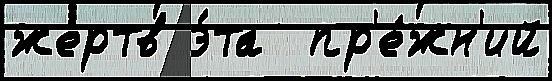
жертв э́та  пр'е́жн'ий